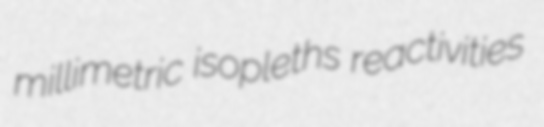
millimetric isopleths reactivities